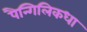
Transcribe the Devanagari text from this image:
पैन्गिलिकधा